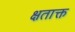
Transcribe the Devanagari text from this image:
क्षताक्त